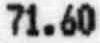
71.60